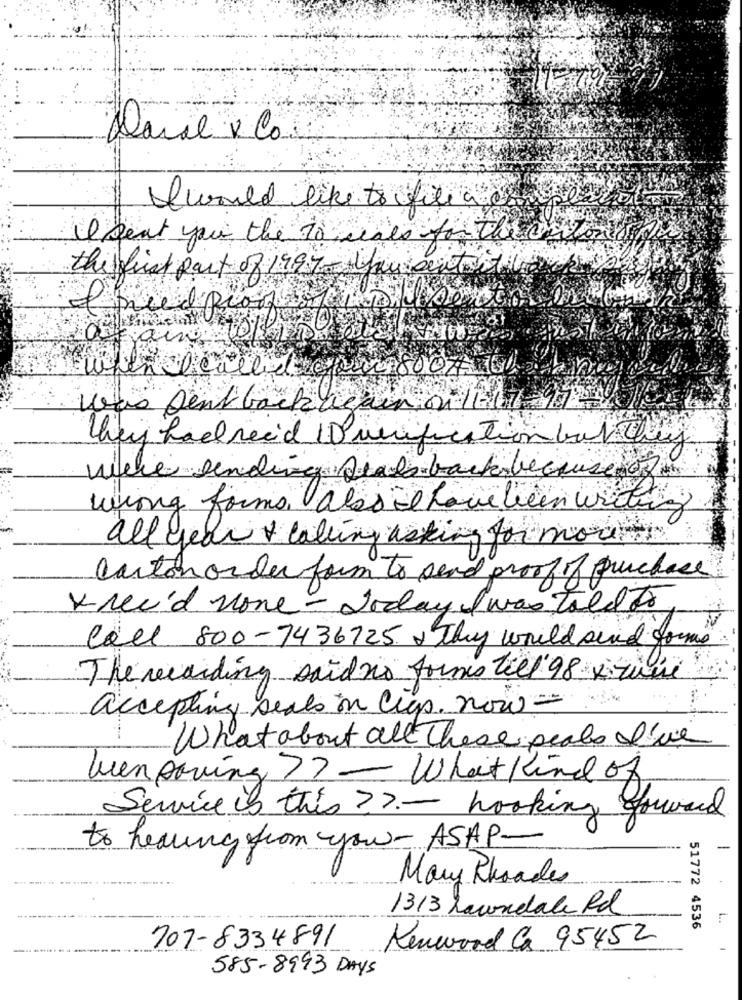
I would like to file a com
I sent you the to weals for their
the first part of 1997- pausentrit
Faire te
was sent back again on Ial1-9
they had reed Duunification but they
viele sending seals backbecause 02
wiing forms, also i have been writing
all year + calling asking for mou
carton order form to send proof of purchase
x rec'd none - Today I was Told to
Call 800-7436725 x They would sind forms
The recording said no forno till'98 x quiil
accepting seals in cup. now -
What about all These seals I've
len paving 7 7 - What Kind of
Service is this ? ?. - looking forward
to hearing from you ASAP-
Mary Rhoades
1313 Lawndale Rd
51772 4536
707-8334891
Kenwood Ca 95452
585-8993 DAYS